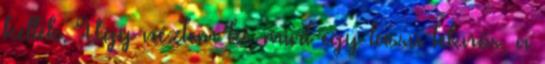
kellék. Úgy néztem ki, mint egy lassú teknős, a